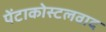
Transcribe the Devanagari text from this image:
पेंटाकोस्टलवाद